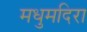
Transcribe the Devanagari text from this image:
मधुमदिरा